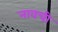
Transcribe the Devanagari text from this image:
नावची